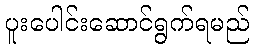
ပူးပေါင်းဆောင်ရွက်ရမည်